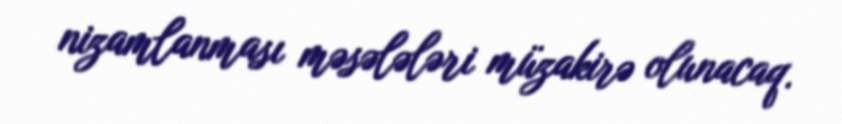
nizamlanması məsələləri müzakirə olunacaq.